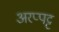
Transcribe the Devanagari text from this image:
अरप्पट्ट